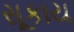
સૂકાય